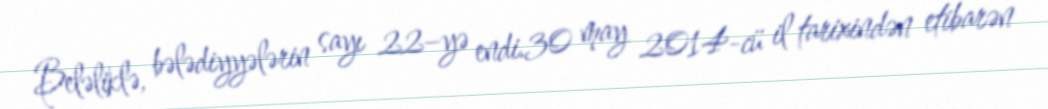
Beləliklə, bələdiyyələrin sayı 22–yə endi.30 may 2014-cü il tarixindən etibarən